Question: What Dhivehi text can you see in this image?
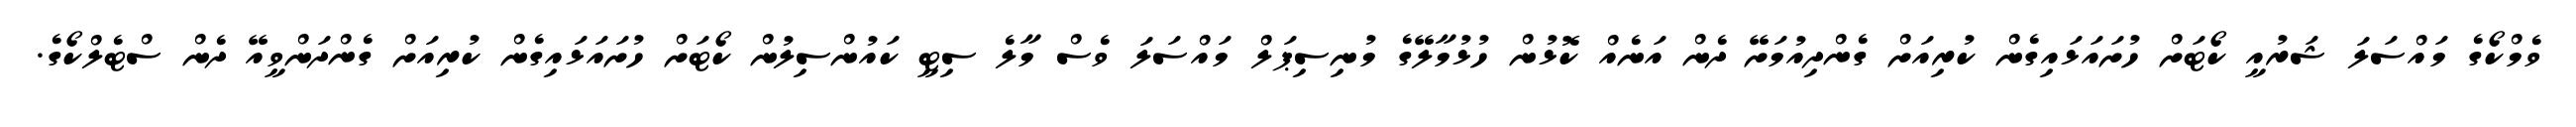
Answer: ވެމްކޯގެ މައްސަލަ ޝަރުއީ ކޯޓަށް ހުށައަޅައިގެން ކުރިއަށް ގެންދިއުމަށޭ ދެން އަނެއް ކޮޅުން ހުޅުމާލޭގެ މުނިސިޕަލް މައްސަލަ ވެސް މާލެ ސިޓީ ކައުންސިލުން ކޯޓަށް ހުށައަޅައިގެން ކުރިއަށް ގެންދަންވީއޭ ދެން ސްޓެލްކޯގެ.